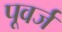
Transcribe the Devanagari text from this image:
पूवर्ज